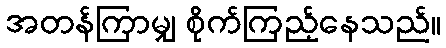
အတန်ကြာမျှ စိုက်ကြည့်နေသည်။